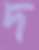
দ